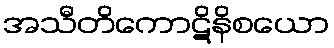
အသီတိကောဋိနိစယော